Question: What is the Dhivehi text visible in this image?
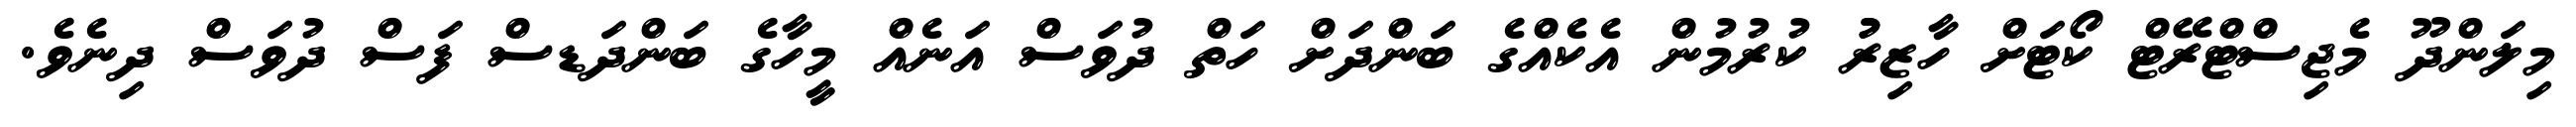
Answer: މިލަންދޫ މެޖިސްޓްރޭޓް ކޯޓަށް ހާޒިރުު ކުރުމުން އެކެއްގެ ބަންދަށް ހަތް ދުވަސް އަނެއް މީހާގެ ބަންދަޑސް ފަސް ދުވަސް ދިނެވެ.